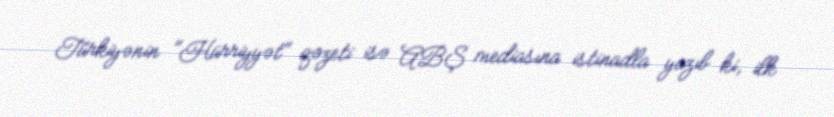
Türkiyənin "Hürriyyət" qəzeti isə ABŞ mediasına istinadla yazıb ki, ilk